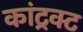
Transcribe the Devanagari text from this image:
कांट्रक्ट